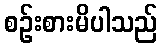
စဉ်းစားမိပါသည်